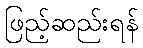
ဖြည့်ဆည်းရန်